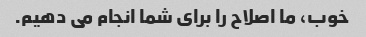
خوب، ما اصلاح را برای شما انجام می دهیم.